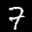
Label: 7